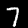
Label: 7